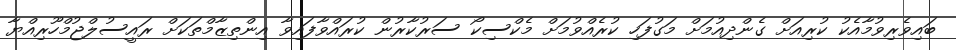
ބައިވެރިވުމާއެކު ކުރިއަށް ގެންދިއުމަށް މަގުފަހި ކުރެއްވުމަށް މެކްސިކޯ ސަރުކާރުން ކުރައްވާފައިވާ އިންތިޒާމްތަކަށް ރައީސުލްޖުމްހޫރިއްޔާ